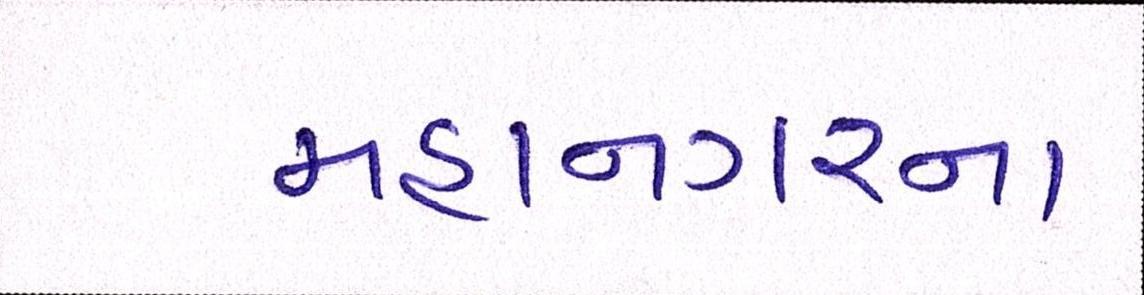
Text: મહાનગરના